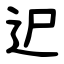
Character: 迉